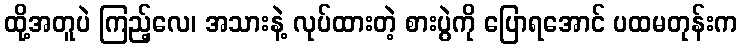
ထို့အတူပဲ ကြည့်လေ၊ အသားနဲ့ လုပ်ထားတဲ့ စားပွဲကို ပြောရအောင် ပထမတုန်းက